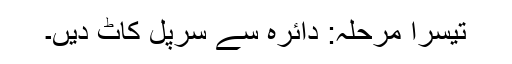
تیسرا مرحلہ: دائرہ سے سرپل کاٹ دیں۔